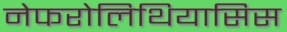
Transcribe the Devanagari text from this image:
नेफरोलिथियासिस